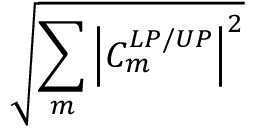
\sqrt { \sum _ { m } \left| C _ { m } ^ { L P / U P } \right| ^ { 2 } }